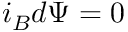
i _ { B } d \Psi = 0